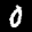
Label: 0